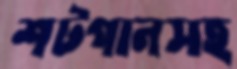
শটগানসহ